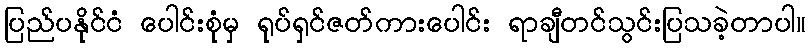
ပြည်ပနိုင်ငံ ပေါင်းစုံမှ ရုပ်ရှင်ဇတ်ကားပေါင်း ရာချီတင်သွင်းပြသခဲ့တာပါ။